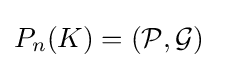
P_{n}(K)=({\mathcal {P}},{\mathcal {G}})\